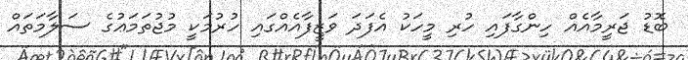
ބޮޑު ޖަރީމާއެއް ހިންގާފައި ހުރި މީހަކު އެފަދަ ވަޒީފާއެއްގައި ހުރުމަކީ މުޖުތަމަޢުގެ ސަލާމަތައް